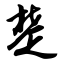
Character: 楚